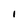
Character: l